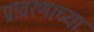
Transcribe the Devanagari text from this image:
प्रावरणाच्या